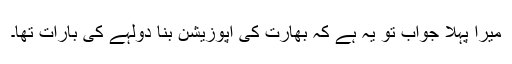
میرا پہلا جواب تو یہ ہے کہ بھارت کی اپوزیشن بنا دولہے کی بارات تھا۔